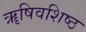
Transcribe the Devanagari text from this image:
ॠषिवशिष्ठ